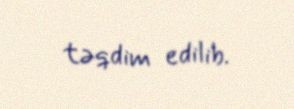
təqdim edilib.